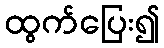
ထွက်ပြေး၍